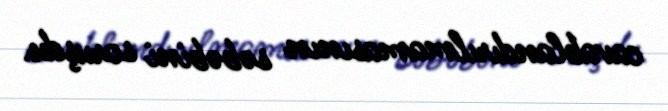
cavablandırılmamasının səbəbini soruşdu.